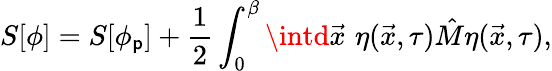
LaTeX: S[\phi]=S[\phi_{\mathsf{p}}]+\frac{{1}}{{2}}\int_{0}^{\beta}\intd\vec{{x}}\, \, \eta(\vec{{x}},\tau)\hat{{M}}\eta(\vec{{x}},\tau),